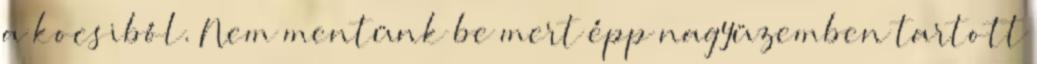
a kocsiból. Nem mentünk be mert épp nagyüzemben tartott